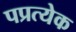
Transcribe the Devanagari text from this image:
पप्रत्येक